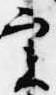
実